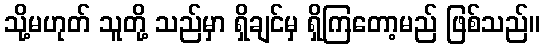
သို့မဟုတ် သူတို့ သည်မှာ ရှိချင်မှ ရှိကြတော့မည် ဖြစ်သည်။